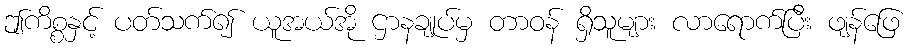
ဤကိစ္စနှင့် ပတ်သက်၍ ယူအယ်အို ဌာနချုပ်မှ တာဝန် ရှိသူများ လာရောက်ပြီး ဖျန်ဖြေ